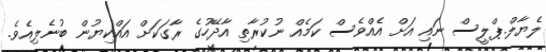
ލެޔާލް.ޕްލީސް ނައި އަށް އެއްވެސް ކަމެއް ނުކުރާތި އާދޭހުގެ ރާގަކަށް އައްކިޔުން ބުނެލިއެވެ.